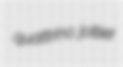
quattrino joltier